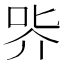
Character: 㖎